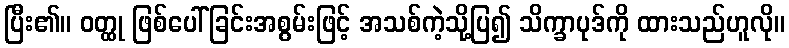
ပြီး၏။ ဝတ္ထု ဖြစ်ပေါ်ခြင်းအစွမ်းဖြင့် အသစ်ကဲ့သို့ပြ၍ သိက္ခာပုဒ်ကို ထားသည်ဟူလို။